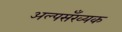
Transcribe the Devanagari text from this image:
अल्पसँख्यक